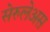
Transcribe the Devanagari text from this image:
सेरुलेअस